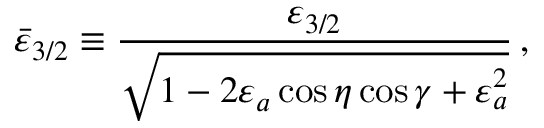
\bar { \varepsilon } _ { 3 / 2 } \equiv \frac { \varepsilon _ { 3 / 2 } } { \sqrt { 1 - 2 \varepsilon _ { a } \cos \eta \cos \gamma + \varepsilon _ { a } ^ { 2 } } } \, ,